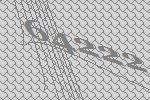
64222